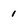
Character: 1